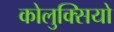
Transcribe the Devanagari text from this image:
कोलुक्सियो